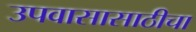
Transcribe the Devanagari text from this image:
उपवासासाठीचा